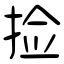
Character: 捡